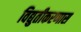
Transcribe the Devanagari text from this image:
विद्युतीकरणास